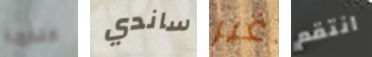
عندما ساندي غير انتقم